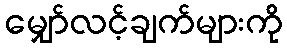
မျှော်လင့်ချက်များကို